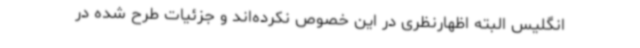
انگلیس البته اظهارنظری در این خصوص نکرده‌اند و جزئیات طرح شده در